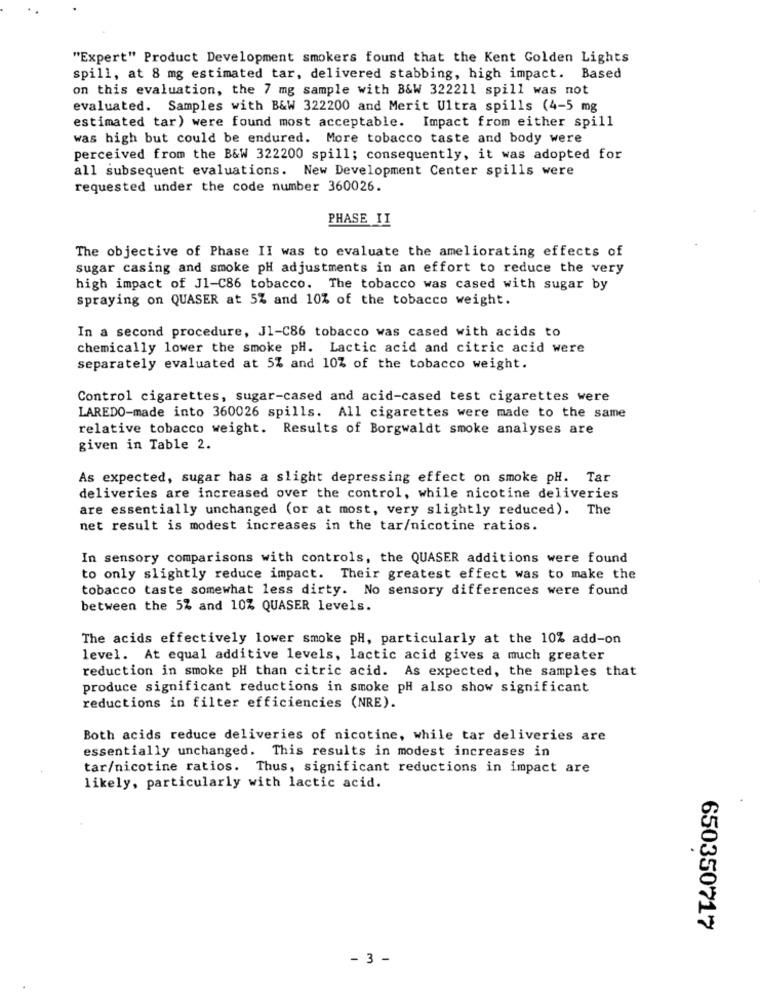
"Expert" Product Development smokers found that the Kent Golden Lights
spill, at 8 mg estimated tar, delivered stabbing, high impact. Based
on this evaluation, the 7 mg sample with B&W 322211 spill was not
evaluated. Samples with B&W 322200 and Merit Ultra spills (4-5 mg
estimated tar) were found most acceptable. Impact from either spill
was high but could be endured. More tobacco taste and body were
perceived from the B&W 322200 spill; consequently, it was adopted for
all subsequent evaluations. New Development Center spills were
requested under the code number 360026.
PHASE II
The objective of Phase II was to evaluate the ameliorating effects of
sugar casing and smoke pH adjustments in an effort to reduce the very
high impact of J1-C86 tobacco. The tobacco was cased with sugar by
spraying on QUASER at 5% and 10% of the tobacco weight.
In a second procedure, J1-C86 tobacco was cased with acids to
chemically lower the smoke pH. Lactic acid and citric acid were
separately evaluated at 5% and 10% of the tobacco weight.
Control cigarettes, sugar-cased and acid-cased test cigarettes were
LAREDO-made into 360026 spills. All cigarettes were made to the same
relative tobacco weight. Results of Borgwaldt smoke analyses are
given in Table 2.
As expected, sugar has a slight depressing effect on smoke pH. Tar
deliveries are increased over the control, while nicotine deliveries
are essentially unchanged (or at most, very slightly reduced). The
net result is modest increases in the tar/nicotine ratios.
In sensory comparisons with controls, the QUASER additions were found
to only slightly reduce impact. Their greatest effect was to make the
tobacco taste somewhat less dirty. No sensory differences were found
between the 5% and 10% QUASER levels.
The acids effectively lower smoke pH, particularly at the 10% add-on
level. At equal additive levels, lactic acid gives a much greater
reduction in smoke pH than citric acid. As expected, the samples that
produce significant reductions in smoke pH also show significant
reductions in filter efficiencies (NRE).
Both acids reduce deliveries of nicotine, while tar deliveries are
essentially unchanged. This results in modest increases in
tar/nicotine ratios. Thus, significant reductions in impact are
likely, particularly with lactic acid.
650350717
- 3 -